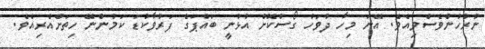
ނުރުހުންވެސްވިއެވެ. އޭނަ މިހާ ދުވަހު ގޯސްކޮށް އުޅުނީ ބައްޕަގެ ފަރުވާކުޑަ ކަމުންނޭ ހިތަށްއެރިއެވެ.